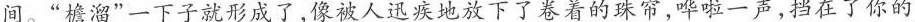
间。“檐溜”一下子就形成了，像被人迅疾地放下了卷着的珠帘，哗啦一声，挡在了你的